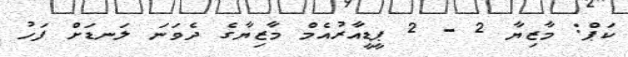
ކަޕް: މާޒިޔާ 2 - 2 ޕީޑީއާރުއެމް މާޒިޔާގެ ދެވަނަ ލަނޑަށް ފަހު